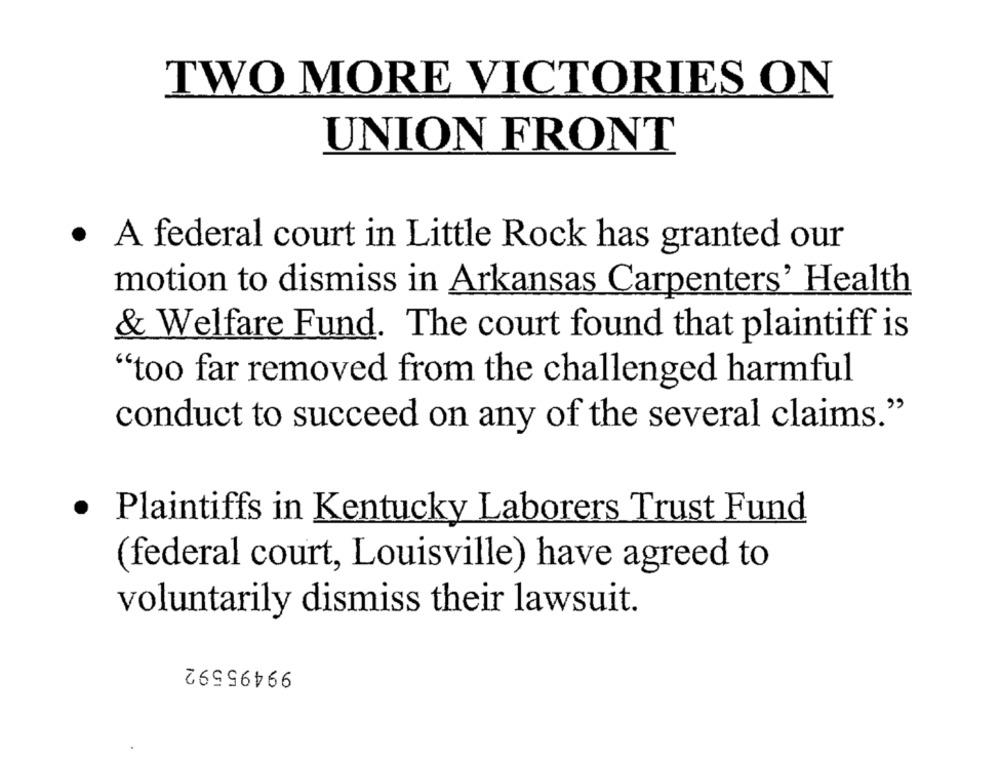
TWO MORE VICTORIES ON
UNION FRONT
· A federal court in Little Rock has granted our
motion to dismiss in Arkansas Carpenters' Health
& Welfare Fund. The court found that plaintiff is
"too far removed from the challenged harmful
conduct to succeed on any of the several claims."
· Plaintiffs in Kentucky Laborers Trust Fund
(federal court, Louisville) have agreed to
voluntarily dismiss their lawsuit.
99495592